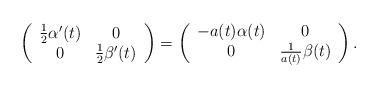
LaTeX: \begin{align*} \left( \begin{array}{cc} \frac{1}{2} \alpha'(t) & 0 \\ 0 & \frac{1}{2} \beta'(t) \\ \end{array}\right)=\left( \begin{array}{cc} -a(t)\alpha(t) & 0 \\ 0 & \frac{1}{a(t)} \beta(t) \\ \end{array} \right).\end{align*}